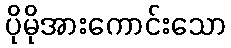
ပိုမိုအားကောင်းသော